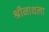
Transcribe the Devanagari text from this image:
श्रीनाथला